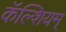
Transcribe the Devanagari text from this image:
कॅल्शियम्